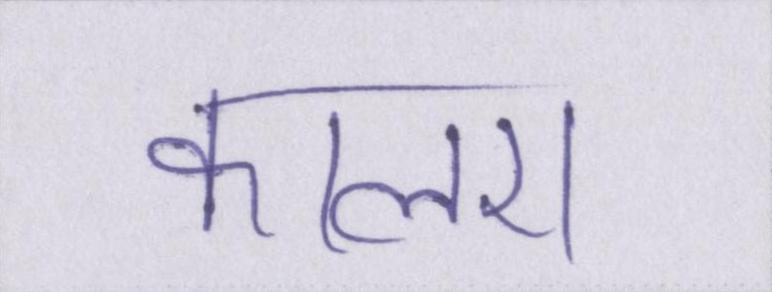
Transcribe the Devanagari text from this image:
कालरा